Indian journal of veterinary science and animal husbandry - Volumes 26-27, 1956-1957
Year: 1956
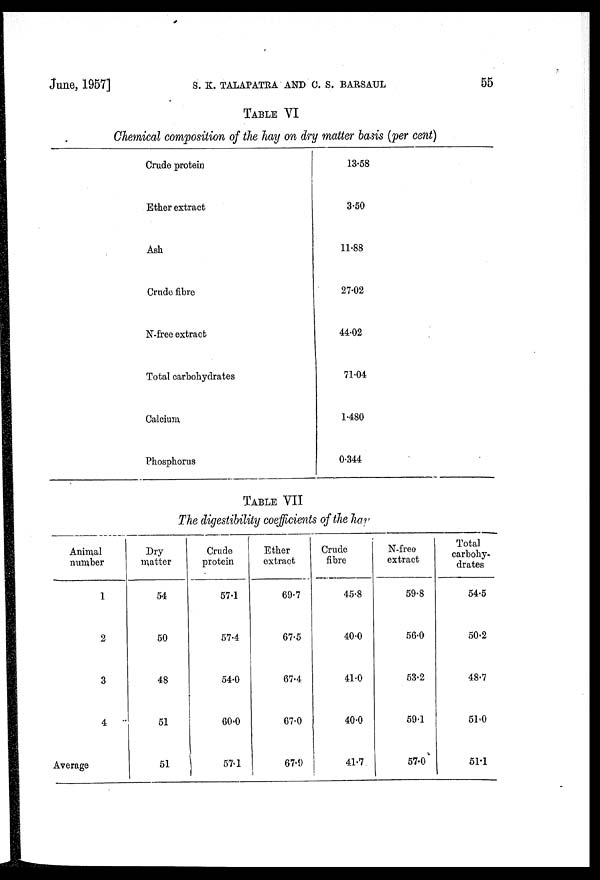
June, 1957] S. K. TALAPATRA AND C. S. BARSAUL 55
TABLE VI
Chemical composition of the hay on dry matter basis (per cent)
Crude protein
Ether extract
Ash
Crude fibre
N-free extract
Total carbohydrates
Calcium
Phosphorus
13.58
3.50
11.88
27.02
44.02
71.04
1.480
0.344
TABLE VII
The digestibility coefficients of the hay
Animal
number
1
2
3
4
Average
Dry
matter
54
50
48
51
51
Crude
protein
57.1
57.4
54.0
60.0
57.1
Ether
extract
69.7
67.5
67.4
67.0
67.9
Crude
fibre
45.8
40.0
41.0
40.0
41.7
N-free
extract
59.8
56.0
53.2
59.1
57.0
Total
carbohy-
drates
54.5
50.2
48.7
51.0
51.1